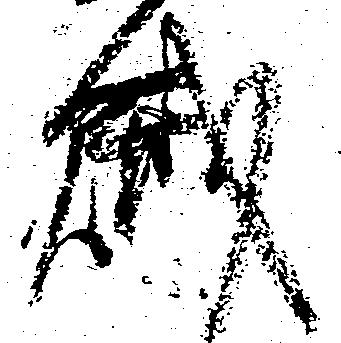
賊